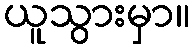
ယူသွားမှာ။